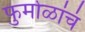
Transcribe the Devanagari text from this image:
फुर्मोळांचं